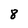
Character: 8